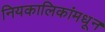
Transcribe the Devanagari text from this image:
नियकालिकांमधून